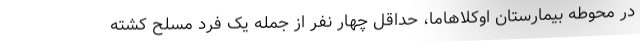
در محوطه بیمارستان اوکلاهاما، حداقل چهار نفر از جمله یک فرد مسلح کشته